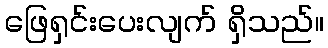
ဖြေရှင်းပေးလျက် ရှိသည်။